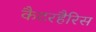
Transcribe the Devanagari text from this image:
कैटरहैरिस